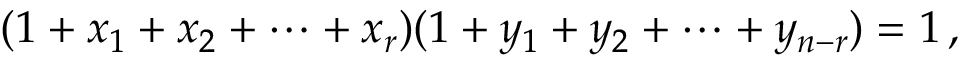
( 1 + x _ { 1 } + x _ { 2 } + \cdots + x _ { r } ) ( 1 + y _ { 1 } + y _ { 2 } + \cdots + y _ { n - r } ) = 1 \, ,